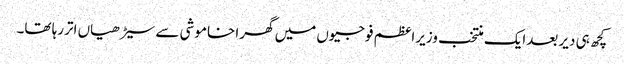
کچھ ہی دیر بعدایک منتخب وزیراعظم فوجیوں میں گھرا خاموشی سے سیڑھیاں اتررہا تھا۔